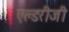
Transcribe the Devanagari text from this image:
एल्डरीजी